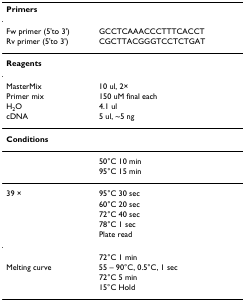
<table><thead><tr><td><b>Primers</b></td><td></td></tr></thead><tbody><tr><td>Fw primer (5&#x27;to 3&#x27;)</td><td>GCCTCAAACCCTTTCACCT</td></tr><tr><td>Rv primer (5&#x27;to 3&#x27;)</td><td>CGCTTACGGGTCCTCTGAT</td></tr><tr><td><b>Reagents</b></td><td></td></tr><tr><td>MasterMix</td><td>10 ul, 2×</td></tr><tr><td>Primer mix</td><td>150 uM final each</td></tr><tr><td>H<sub>2</sub>O</td><td>4.1 ul</td></tr><tr><td>cDNA</td><td>5 ul, ~5 ng</td></tr><tr><td><b>Conditions</b></td><td></td></tr><tr><td></td><td>50°C 10 min</td></tr><tr><td></td><td>95°C 15 min</td></tr><tr><td>39 ×</td><td>95°C 30 sec</td></tr><tr><td></td><td>60°C 20 sec</td></tr><tr><td></td><td>72°C 40 sec</td></tr><tr><td></td><td>78°C 1 sec</td></tr><tr><td></td><td>Plate read</td></tr><tr><td></td><td>72°C 1 min</td></tr><tr><td>Melting curve</td><td>55 – 90°C, 0.5°C, 1 sec</td></tr><tr><td></td><td>72°C 5 min</td></tr><tr><td></td><td>15°C Hold</td></tr></tbody></table>